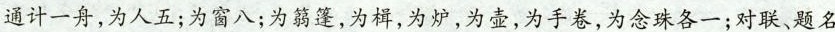
通计一舟，为人五；为窗八；为筋篷，为楫，为炉，为壶，为手卷，为念珠各一；对联、题名